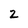
Character: 2